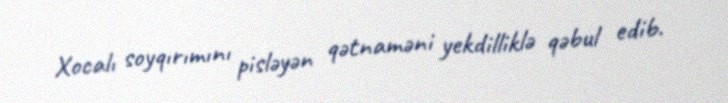
Xocalı soyqırımını pisləyən qətnaməni yekdilliklə qəbul edib.